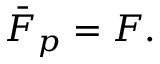
\begin{array} { r } { \bar { F } _ { p } = F . \, } \end{array}